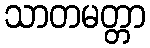
သာတမတ္တာ